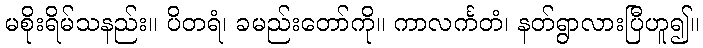
မစိုးရိမ်သနည်း။ ပိတရံ၊ ခမည်းတော်ကို။ ကာလင်္ကတံ၊ နတ်ရွာလားပြီဟူ၍။